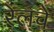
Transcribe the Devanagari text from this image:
रेलचे